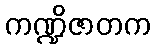
ကဏ္ဍိဇာတက